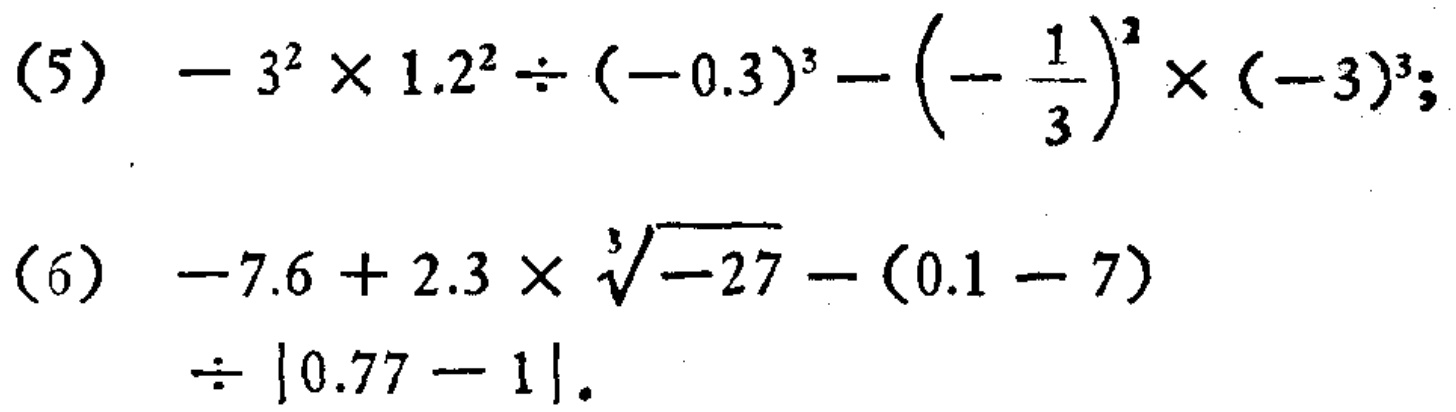
(5) \(-3^{2} \times 1.2^{2} \div (-0.3)^{3} - \left(-\frac{1}{3}\right)^{2} \times (-3)^{3}\);
(6) \(-7.6 + 2.3 \times \sqrt[3]{-27} - (0.1 - 7) \div |0.77 - 1|\).